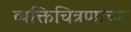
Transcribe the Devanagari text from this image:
व्यक्तिचित्रणाच्या